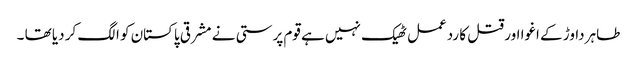
طاہر داوڑ کے اغوا اور قتل کا ردعمل ٹھیک نہیں ہے قوم پرستی نے مشرقی پاکستان کو الگ کر دیا تھا ۔